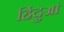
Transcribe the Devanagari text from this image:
हिंदुआं